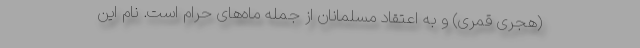
(هجری قمری) و به اعتقاد مسلمانان از جملهٔ ماه‌های حرام است. نام این